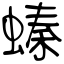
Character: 螓